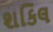
શકિલ